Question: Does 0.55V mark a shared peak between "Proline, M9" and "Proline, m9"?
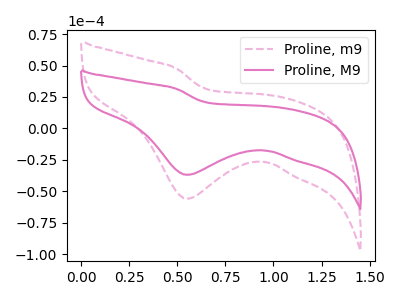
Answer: <think>The pink dashed curve "Proline, m9" has a cathodic peak at: (0.55V, -56.05uA). The pink curve "Proline, M9" has a cathodic peak at: (0.55V, -36.95uA).</think>
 <answer>Yes, "Proline, M9" and "Proline, m9" share a peak at 0.55V.</answer>
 <eval>match</eval>